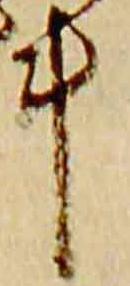
斗